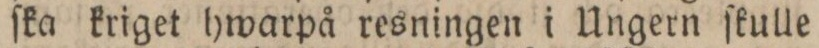
ſka kriget hwarpå resningen i Ungern ſkulle